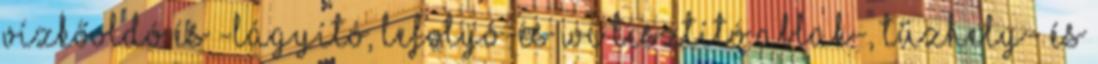
Vízkőoldó és -lágyító, lefolyó-és WC tisztító Ablak-, tűzhely- és